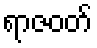
ရာဇဝတ်